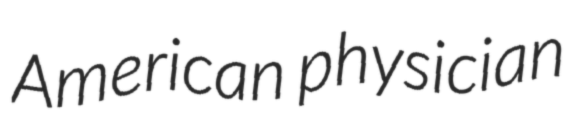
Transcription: American physician